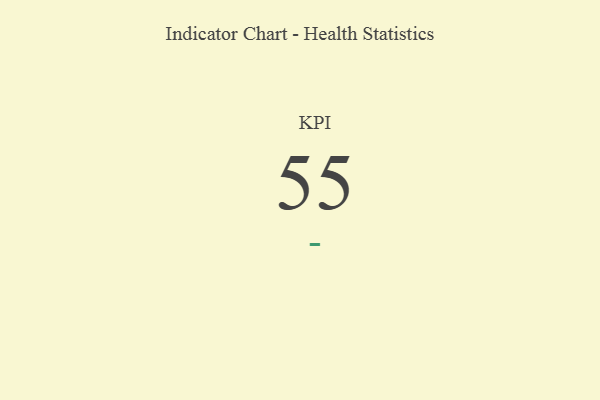
{"axis": {"x": "KPI", "y": "Value"}, "legend": [""], "data": [{"x": "KPI", "y": 55, "type": ""}]}